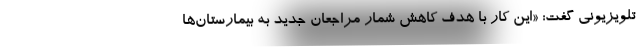
تلویزیونی گفت: «این کار با هدف کاهش شمار مراجعان جدید به بیمارستان‌ها